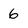
Character: 6